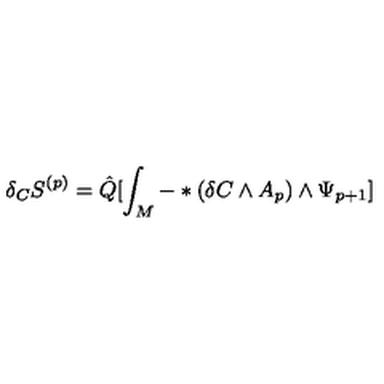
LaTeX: \delta _ { C } S ^ { ( p ) } = \hat { Q } [ \int _ { M } ^ { } - \ast ( \delta C \wedge A _ { p } ) \wedge \Psi _ { p + 1 } ]